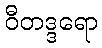
ဝီတဒ္ဒရော